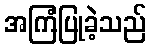
အကြံပြုခဲ့သည်